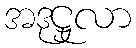
အဒုဋ္ဌုလာ